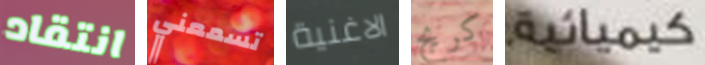
انتقاد تسمعني الاغنية كريج كيميائية.